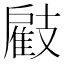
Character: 𢻠